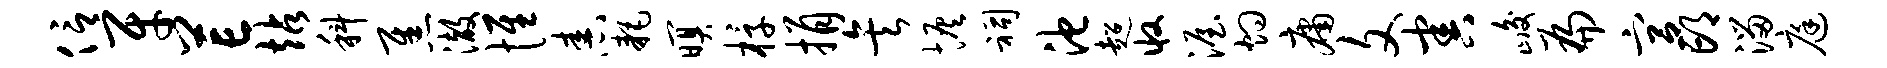
信牙芒站科焦澈惟舂耗暝椁捐矣恢祠池超收渥灼庸文害峻扁宫邙溜庭